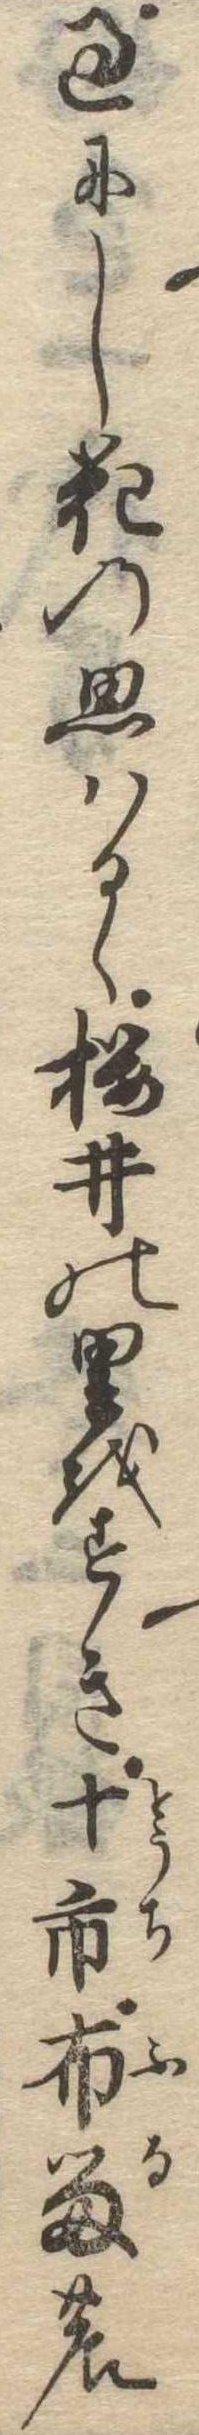
過にし花の思はるゝ桜井の里をすき十市布留の